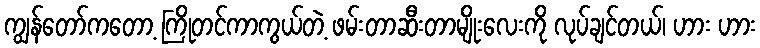
ကျွန်တော်ကတော့ ကြိုတင်ကာကွယ်တဲ့ ဖမ်းတာဆီးတာမျိုးလေးကို လုပ်ချင်တယ်၊ ဟား ဟား